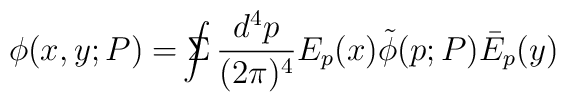
\phi(x, y; P) = \Sigma \!\!\!\!\!\! \int \frac{d^4p}{(2 \pi)^4} E_p(x) \tilde{\phi}(p; P) \bar{E}_p(y)